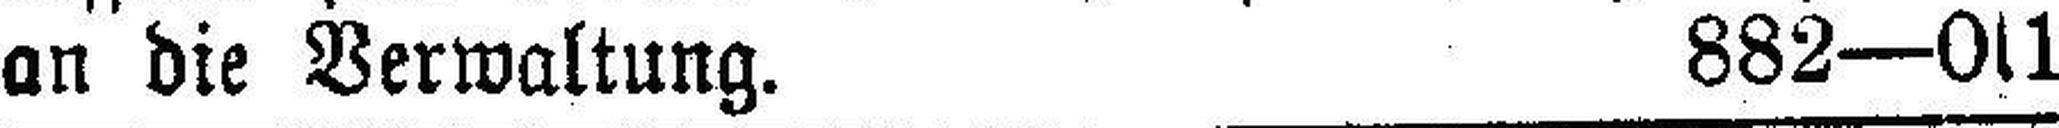
an die Verwaltung. 882—0s1